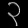
Digit: ၃